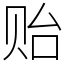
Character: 贻